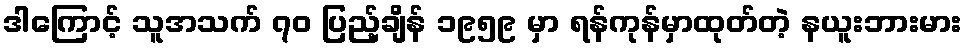
ဒါကြောင့် သူအသက် ၇၀ ပြည့်ချိန် ၁၉၅၉ မှာ ရန်ကုန်မှာထုတ်တဲ့ နယူးဘားမား